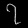
Digit: ၇